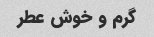
گرم و خوش عطر